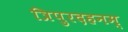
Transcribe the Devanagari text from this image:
त्रिपुरदहनम्